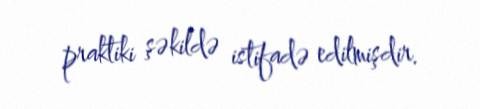
praktiki şəkildə istifadə edilmişdir.